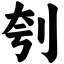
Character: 刳